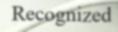
Recognized